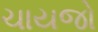
ચાયજો